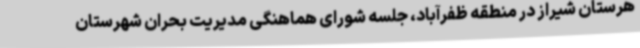
هرستان شیراز در منطقه ظفرآباد، جلسه شورای هماهنگی مدیریت بحران شهرستان